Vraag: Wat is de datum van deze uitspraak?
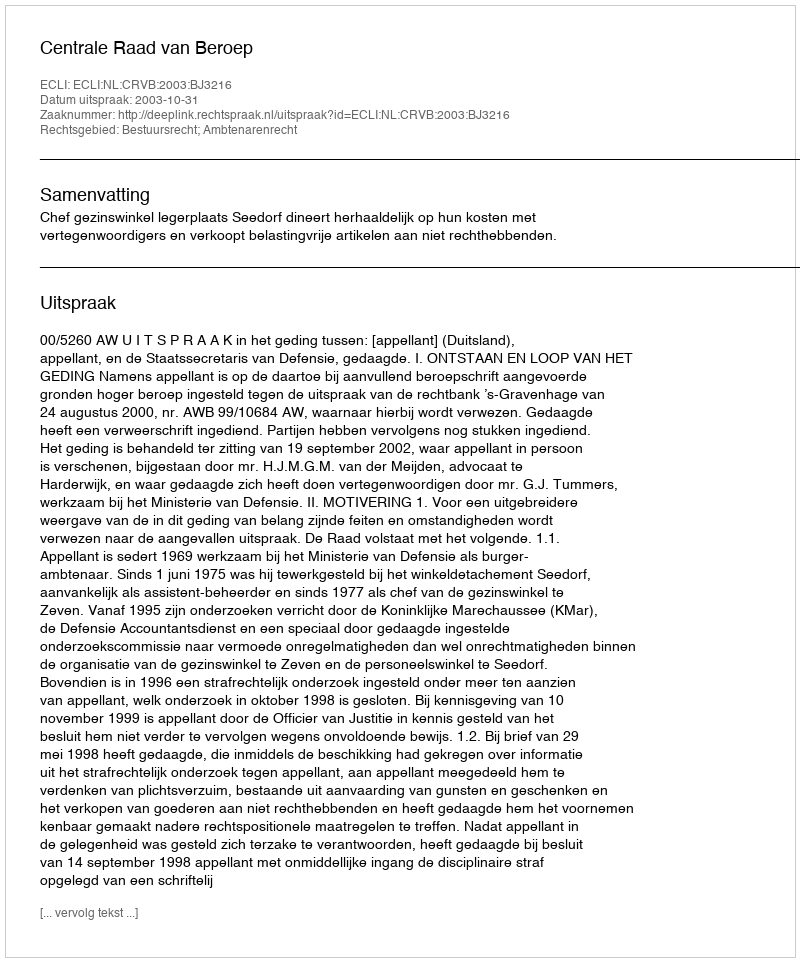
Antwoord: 2003-10-31